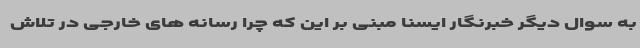
به سوال دیگر خبرنگار ایسنا مبنی بر این که چرا رسانه های خارجی در تلاش